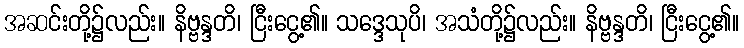
အဆင်းတို့၌လည်း။ နိဗ္ဗန္ဒတိ၊ ငြီးငွေ့၏။ သဒ္ဒေသုပိ၊ အသံတို့၌လည်း။ နိဗ္ဗန္ဒတိ၊ ငြီးငွေ့၏။